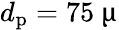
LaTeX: d_{\mathrm{p}}=75~\upmu